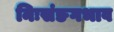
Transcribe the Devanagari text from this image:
निःसंङगभाव